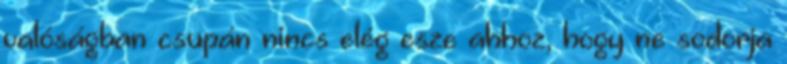
valóságban csupán nincs elég esze ahhoz, hogy ne sodorja